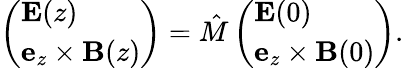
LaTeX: \left(\begin{array}{l}{\textbf{E}(z)}\\ {\textbf{e}_{z}\times\textbf{B}(z)}\end{array}\right)=\hat{M}\left(\begin{array}{l}{\textbf{E}(0)}\\ {\textbf{e}_{z}\times\textbf{B}(0)}\end{array}\right).